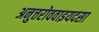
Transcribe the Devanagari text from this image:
अनुत्तरोववाइयदसा